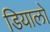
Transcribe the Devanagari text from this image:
डियालो